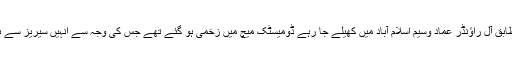
دنیا نیوز کے مطابق آل راﺅنڈر عماد وسیم اسلام آباد میں کھیلے جا رہے ڈومیسٹک میچ میں زخمی ہو گئے تھے جس کی وجہ سے انہیں سیریز سے باہر کیا گیا ہے ۔